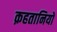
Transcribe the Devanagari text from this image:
क़हतानियों